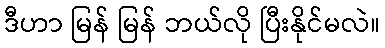
ဒီဟာ မြန် မြန် ဘယ်လို ပြီးနိုင်မလဲ။